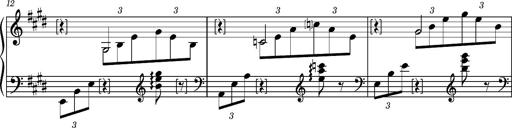
Title: PrÃ©ludes et Harmonies poÃ©tiques et religieuses
Composer: Franz Liszt